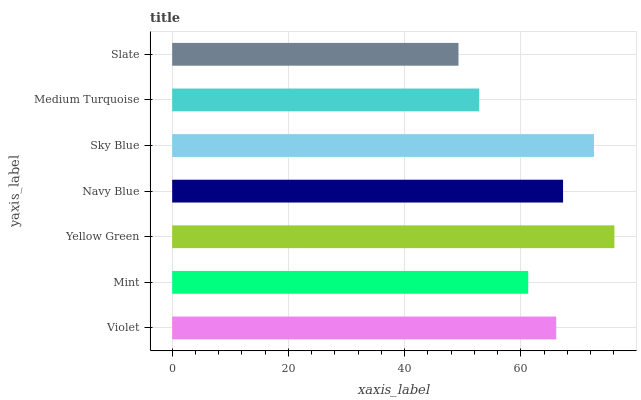
| yaxis_label | bars |
 | --- | --- |
 | Violet | 66.1 |
 | Mint | 61.3 |
 | Yellow Green | 76.1 |
 | Navy Blue | 67.3 |
 | Sky Blue | 72.6 |
 | Medium Turquoise | 52.8 |
 | Slate | 49.3 |